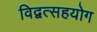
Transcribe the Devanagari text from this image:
विद्वत्सहयोग